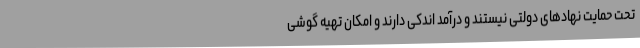
تحت حمایت نهادهای دولتی نیستند و درآمد اندکی دارند و امکان تهیه گوشی